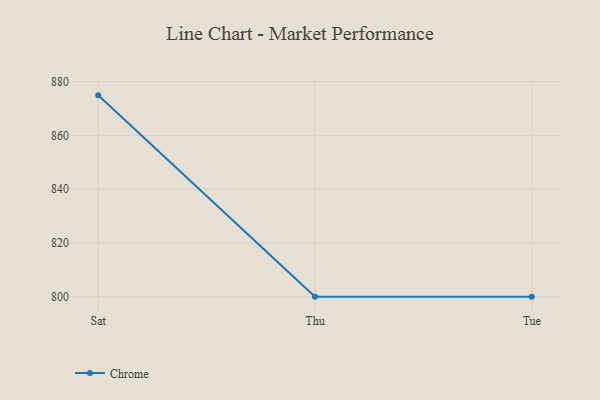
{"axis": {"x": "Day", "y": "Humidity (%)"}, "legend": ["Chrome"], "data": [{"x": "Sat", "y": 874.9, "type": "Chrome"}, {"x": "Thu", "y": 800, "type": "Chrome"}, {"x": "Tue", "y": 800, "type": "Chrome"}]}